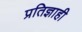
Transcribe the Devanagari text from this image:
प्रतिज्ञाही